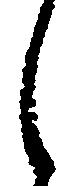
し